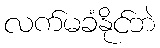
လက်မခံနိုင်ဘဲ